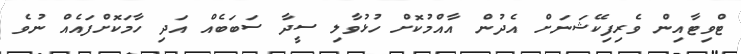
ޓްވިޓާއިން ވެރިފިކޭޝަނަށް އެދުން އާއްމުކޮށް ހުޅުވާލި ސީދާ ސަބަބެއް އަދި ހާމަކޮށްފައެއް ނުވެ